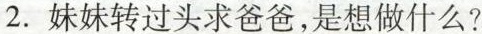
2. 妹妹转过头求爸爸，是想做什么?